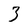
Character: 3